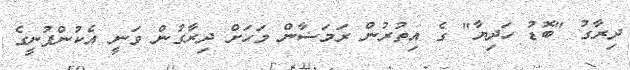
ދިރާގު "ބޮޑު ހަދިޔާ" ގެ އިތުރުން ރަމަޟާން މަހަށް ދިރާގުން ވަނީ އެކުންފުނީގެ